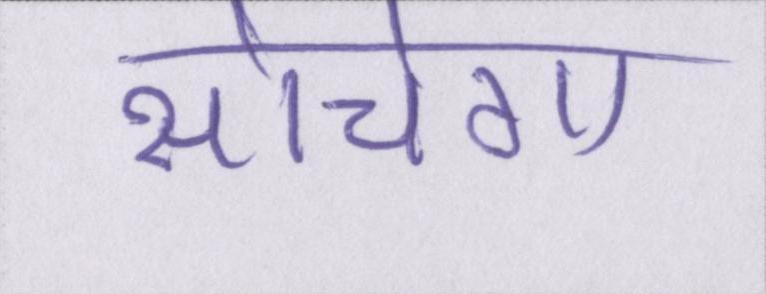
सोचेगा